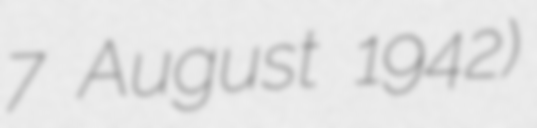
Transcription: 7 August 1942)